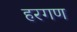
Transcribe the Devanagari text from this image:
हरगण